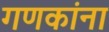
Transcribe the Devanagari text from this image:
गणकांना